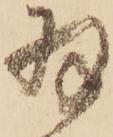
羽